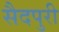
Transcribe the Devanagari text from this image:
सैदपुरी